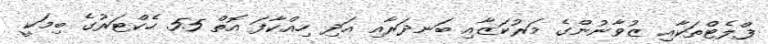
ފްލެޓްތަކާއި ޒުވާނުންގެ މަރުކަޒާއި ބަނދަރާއި އަދި ހިއްކާފަ އޮތް 55 ހެކްޓަރުގެ ބިމަކީ